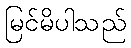
မြင်မိပါသည်